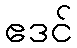
ဧဒင်